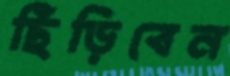
ছিঁড়িবেন